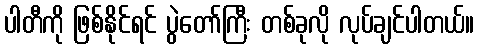
ပါတီကို ဖြစ်နိုင်ရင် ပွဲတော်ကြီး တစ်ခုလို လုပ်ချင်ပါတယ်။